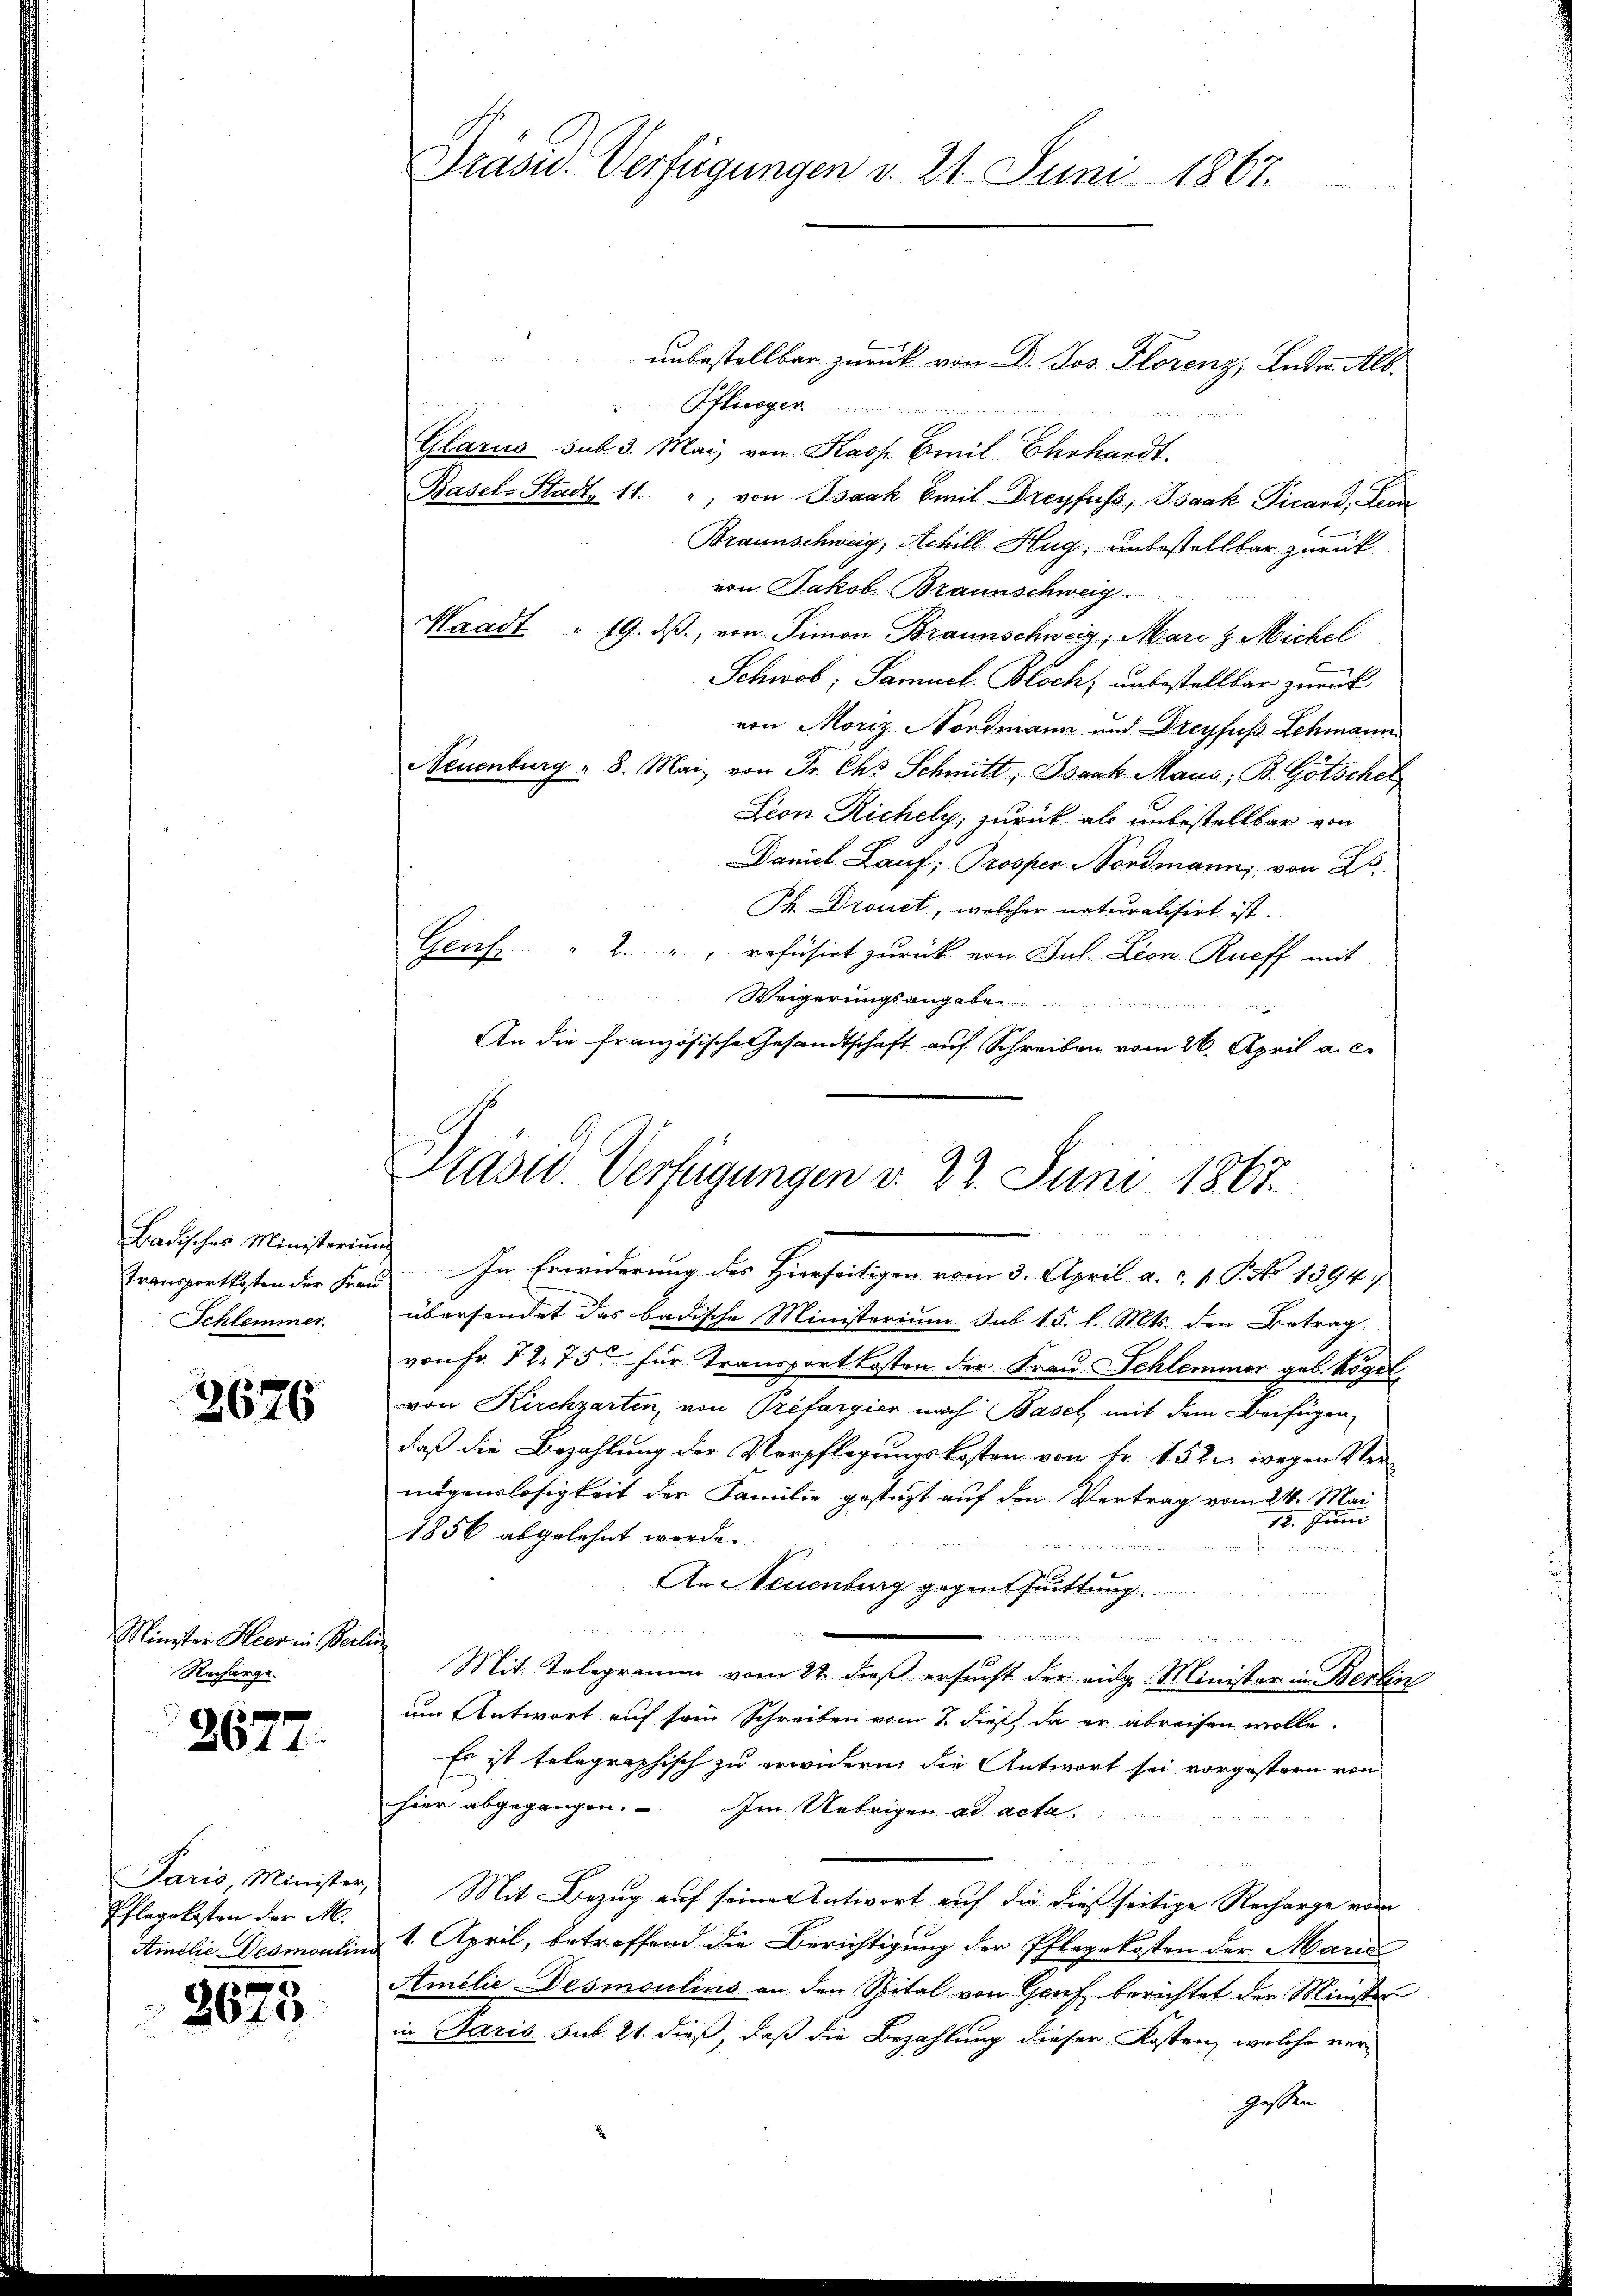
Badisches Ministerium
Schlemmer.

3676

Minister Heer in Berli
Recharge.

2677.

Paris, Minister,
Pflegekosten der M.
Amilie Desmontini

3673

Präsid. Verfügungen v. 24. Juni 1861.

unbestellbar zurück von Dr. Jos. Florenz, Leder Alb.
Pflieger
Glarus sub 3. Mai, von Kasp. Emil Ehrhardt
Basel-Stadt 11. ", von Isaak Emil Dreyfuss; Isaak Picand, Leon
Braunschweig, Achill Hug, unbestellbar zurück
von Jakob Braunschweig.
Waadt " 19. dβ, von Simon Braunschweiz, Marc z Michel
Schwob; Samuel Bloch, unbestellbar zurück
von Moriz Nordmann und Dreyfuss Schmann
Neuenburg " 8. Mai, von Fr. Ch. Schmitt; Isaak Maus; B. Götschel
Lion Richely, zurück als unbestellbar von
Daniel Lauf; Prosper Nordmann, von Es
Ph. Drouet, welcher naturalisirt ist.
Genf " 2 " " refüsirt zurück von Jul. Lion Rueff mit
Weigerungsangabe
An die französische Gesandtschaft auf Schreiben vom 26. April a. c.

Präsid. Verfügungen v. 23. Juni 1867.
Transportkosten der Frau In Erwiderung des Hierseitigen vom 3. April a. c. 1. P. No 1394;

übersendet das badische Ministerium sub 15. l. Mts. den Betrag
von Fr. 72. 75. für Transportkosten der Frau Schlemmer geb. Regel
von Kirchgarten von Prefargier nach Basel mit dem Beifügen
daß die Bezahlung der Verpflegungskosten von fr. 152. wegen Vermögenslosigkeit der Familie gestützt auf den Vertrag vom 21. Mai
12. Junii
1856 abgelehnt werde.
2
d
An Neuenburg gegenthuittung.

Mit Telegramm vom 22 dieß ersucht der eidg. Minister in Berlin
um Antwort auf sein Schreiben vom 1. dieß, da er abreisen wolle.
Es ist telegraphisch zu erwidern die Antwort sei vorgestern von
hier abgegangen. Im Uebrigen ad acta
Mit Bezug auf seiner Antwort auf die dieß seitige Recharge vom
1. April, betreffend die Berichtigung der Pflegekosten der Marie
Amilie Desmoulins an den Spital von Genf berichtet der Minister
in Paris sub 21. dieß, daß die Bezahlung dieser Kosten, welche ver-
Gessen